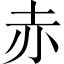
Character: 赤